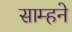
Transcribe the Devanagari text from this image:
साम्हने